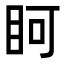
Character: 𭾨